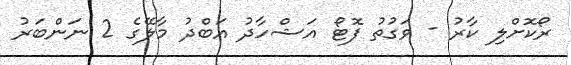
ރޯކޮށްލި ކާރު - ވަގުތު ފޮޓޯ އަޝްހާދު އަބްދު މާލޭގެ 2 ނަންބަރު